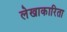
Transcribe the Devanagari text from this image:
लेखाकारिता